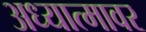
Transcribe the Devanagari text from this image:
अध्यात्मावर